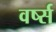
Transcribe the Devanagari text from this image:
वर्ष्स